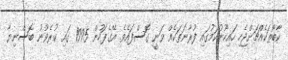
ކާބޯތަކެއްޗަށްޖެހި ހައިހޫނުކަމުގައި ފުރާނަތަކެއް ވަނީ ގޮސްފައެވެ. އޭގެފަހުން 1995 ގައި ކުރެވުނު ބޮސްނިޔާ